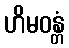
ဟိမဝန္တံ